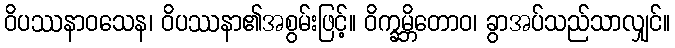
ဝိပဿနာဝသေန၊ ဝိပဿနာ၏အစွမ်းဖြင့်။ ဝိက္ခမ္ဘိတောဝ၊ ခွာအပ်သည်သာလျှင်။